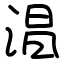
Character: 淐